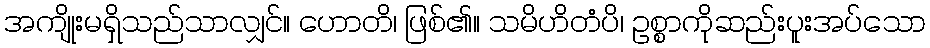
အကျိုးမရှိသည်သာလျှင်။ ဟောတိ၊ ဖြစ်၏။ သမိဟိတံပိ၊ ဥစ္စာကိုဆည်းပူးအပ်သော